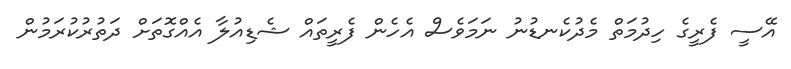
އޭސީ ފެރީގެ ހިދުމަތް މެދުކެނޑުނު ނަމަވެސް އެހެން ފެރީތައް ޝެޑިއުލާ އެއްގޮތަށް ދަތުރުކުރަމުން